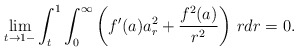
\begin{align*}\lim_{t\to 1-}\int_t^1\int_0^{\infty}\left(f'(a)a_r^2+\frac{f^2(a)}{r^2}\right)\,rdr=0.\end{align*}